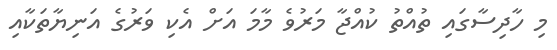
މި ހާދިސާގައި ތުއްތު ކުއްޖާ މަރުވެ މާމަ އަށް އެކި ވަރުގެ އަނިޔާތަކާއި